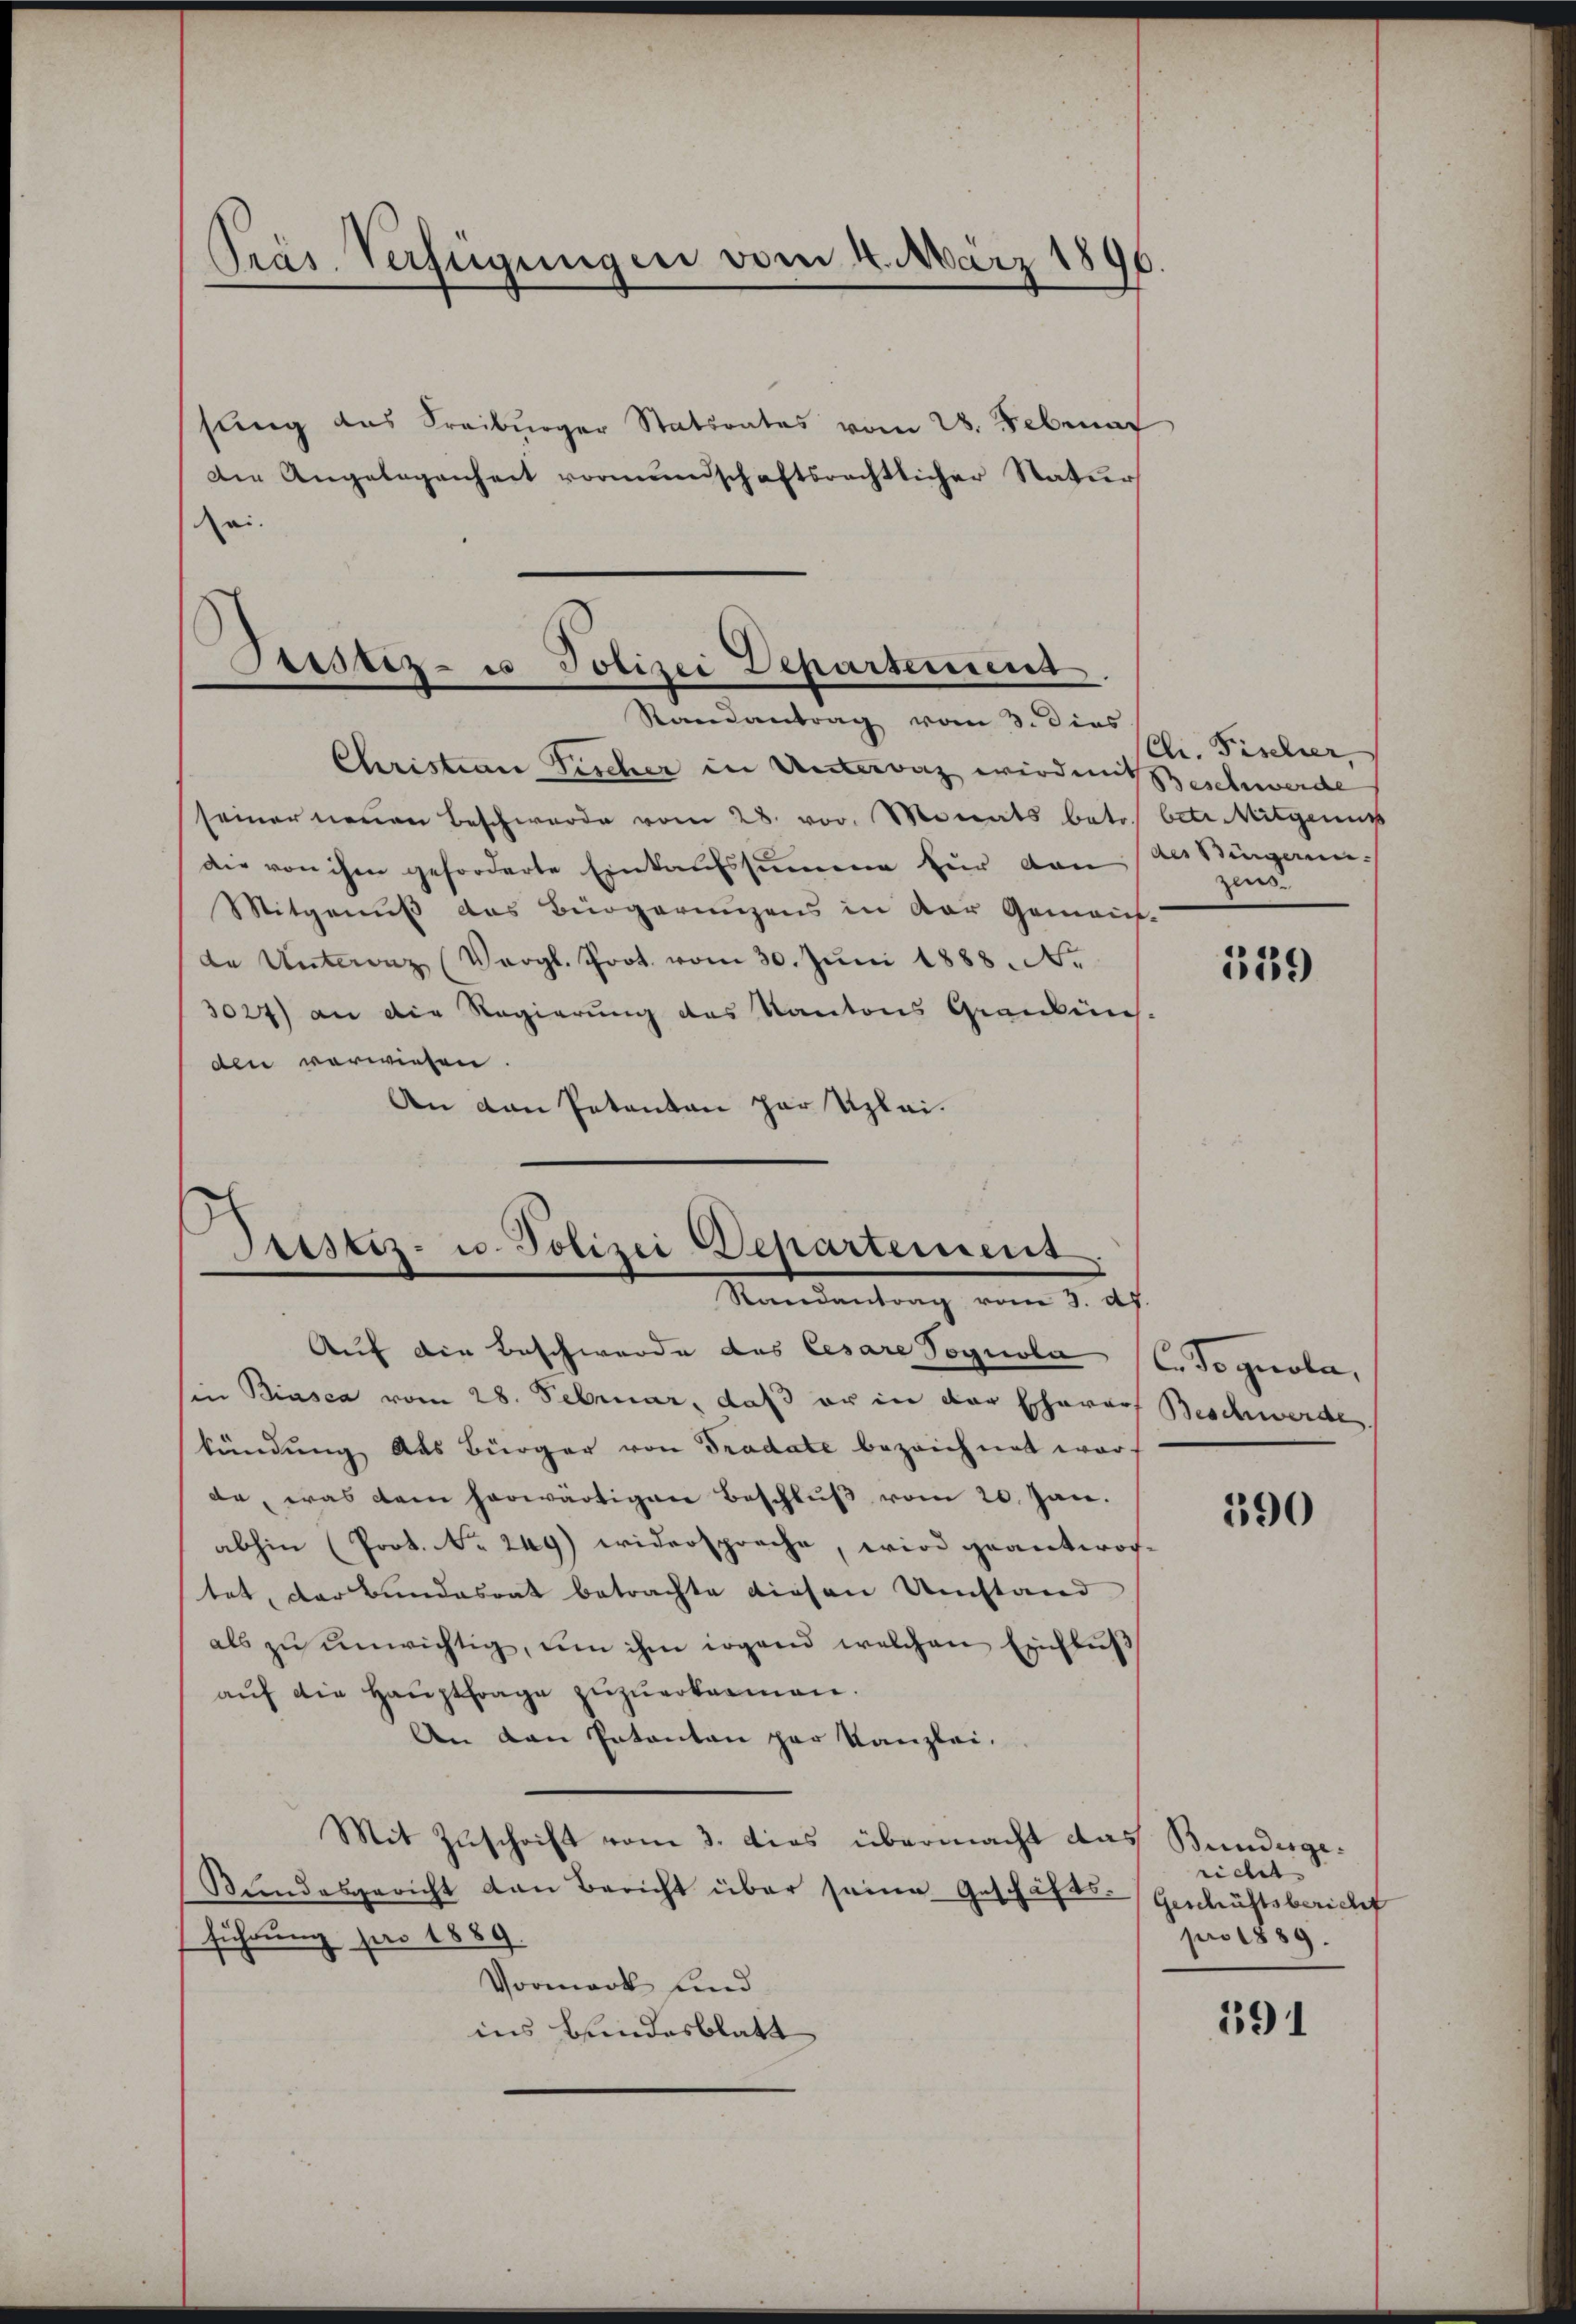
Präs. Verfügungen vom 4. März 1890
sung des Freiburger Statsrates vom 28. Februar
Die Angelegenheit vormundschaftsrechtlicher Natur

ei.

Bestiz- u Polizei Deparsenind
Randantrag vom 3. dies

Sistiz- u. Polizei Departement
Mammandung vom 3. d.

Christian Fischer in Untervaz wird mit schwerde
seiner neuen Beschwerde vom 28. vor. Monats betr. betr. Mitgenus
die von ihm geforderte Einkaufssumme für dan als Vigann
Mitgenuß das Bürgerungens in der Gemein-
de Unterenz (Vergl. Prot. vom 30. Jŭni 1888. N.
3024) an die Regierung des Kantons Grankens-
den vorwiesen.
An den Patenten zur Uplei¬

Cl. Fischer,
zleis

Auf die Beschwerde des Cesare Vognola C. Sognola,
in Biasca vom 28. Februar, daß er in der Eherars Beschwerde.
kündung das Bürger von Tradate bezeichnet war.
de, was dem herwärtigen Beschlŭβ vom 20. Jan.
abhin (Prot. No. 249) widersprache, wird geantwortet, der Bundesrat betrachte diesen Umstand
als zŭ ŭnwichtig, um ihm irgend welchen Einflŭβ
aŭf die Hauptfrage zuzuerkamen.
An den Patenten par Kanzlei,
Mit Zuschrift vom 3. dies übermacht das Bundesge¬
Bundesgericht den Bericht über seine Geschäfts-Geschäftsbericht
führung pro 1889
Vormark und
ins Bundesblatt

539

390

richet.
pro 1889.

191